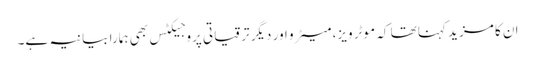
ان کا مزید کہنا تھا کہ موٹر ویز، میٹرو اور دیگر ترقیاتی پروجیکٹس بھی ہمارا بیانیہ ہے۔